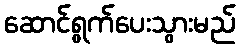
ဆောင်ရွက်ပေးသွားမည်